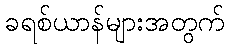
ခရစ်ယာန်များအတွက်